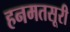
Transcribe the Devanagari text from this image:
हनमतसूरी